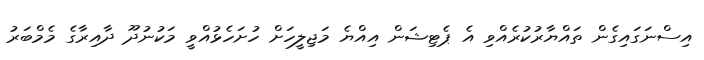
އިސްނަގައިގެން ތައްޔާރުކުރެއްވި އެ ޕެޓިޝަން އިއްޔެ މަޖިލީހަށް ހުށަހެޅުއްވީ މަކުނުދޫ ދާއިރާގެ މެމްބަރު